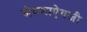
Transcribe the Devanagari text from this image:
जेवणाऐवजी